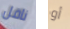
ناقل أو